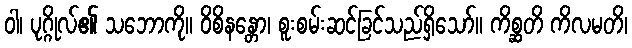
ဝါ၊ ပုဂ္ဂိုလ်၏ သဘောကို။ ဝိစိနန္တော၊ စူးစမ်းဆင်ခြင်သည်ရှိသော်။ ကိစ္ဆတိ ကိလမတိ၊